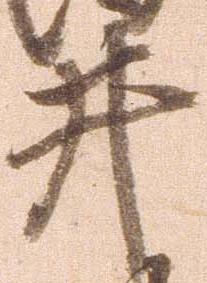
井